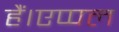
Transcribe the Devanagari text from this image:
हैं।एप्पल